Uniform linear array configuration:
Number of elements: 4
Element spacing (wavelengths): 0.75
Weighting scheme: kaiser
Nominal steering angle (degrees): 0
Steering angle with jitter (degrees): -1.083
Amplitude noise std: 0.05
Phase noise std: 0.05

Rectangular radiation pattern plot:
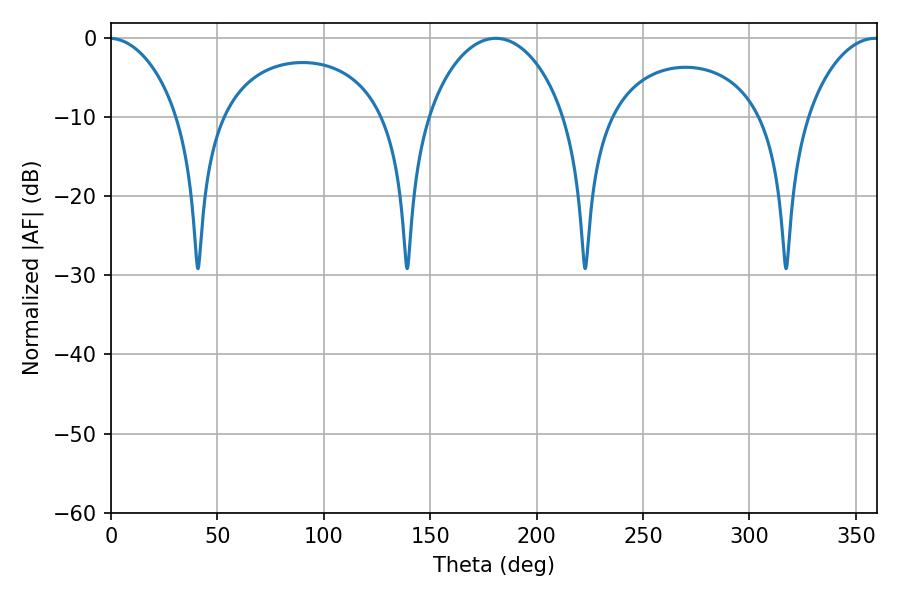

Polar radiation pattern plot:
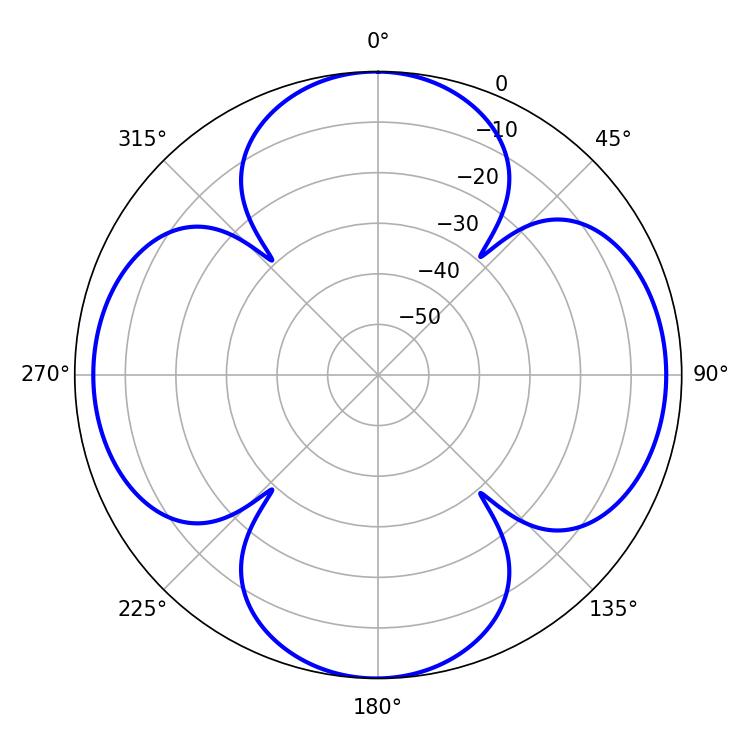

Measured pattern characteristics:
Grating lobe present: TRUE
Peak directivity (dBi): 15.79
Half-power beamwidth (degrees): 36.9
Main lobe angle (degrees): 180.9